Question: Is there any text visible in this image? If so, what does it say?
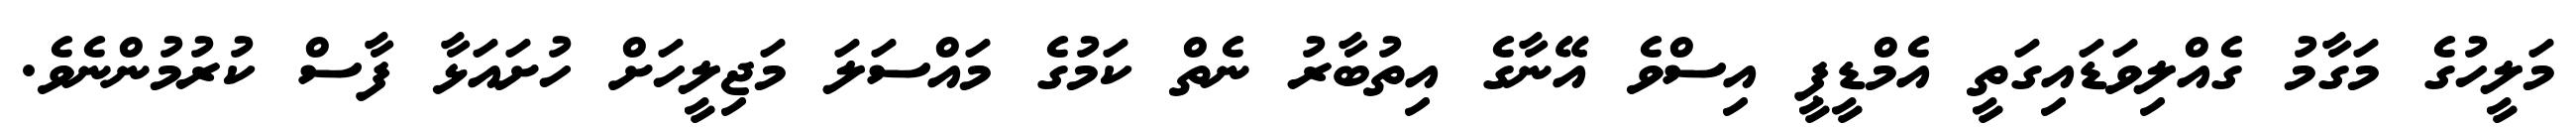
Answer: މަލީހުގެ މަގާމު ގެއްލިވަޑައިގަތީ އެމްޑީޕީ އިސްވެ އޭނާގެ އިތުބާރު ނެތް ކަމުގެ މައްސަލަ މަޖިލީހަށް ހުށައަޅާ ފާސް ކުރުމުންނެވެ.